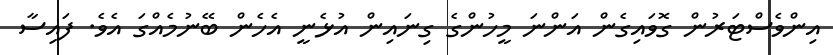
އިންވެސްޓަރުން ގޮވައިގެން އަންނަ މީހުންގެ ގިނައިން އުޅެނީ އެހެން ބޭނުމެއްގަ އެވެ. ފައިސާ